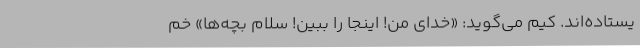
یستاده‌اند. کیم می‌گوید: «خدای من! اینجا را ببین! سلام بچه‌ها» خم